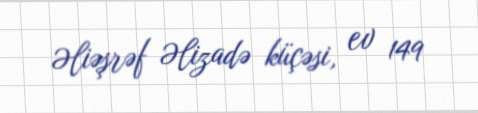
Əliəşrəf Əlizadə küçəsi, ev 149